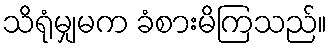
သိရုံမျှမက ခံစားမိကြသည်။